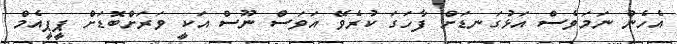
އެހެން ނަމަަވެސް އަޅުގަނޑަށް ފާހަގަ ކުރެވޭ އަވަސް ނޫސް އަކީ ވަރަށްބޮޑަށް ޕީޕީއެމް